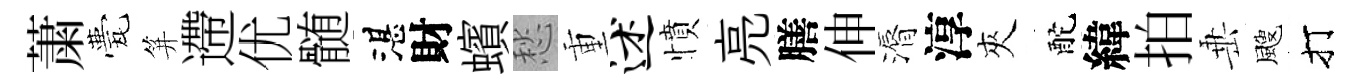
䔥甍笄遰优髄湛財蠙愁重述憤亮膳伸漘淳夾酡緯拍𡸁颼打